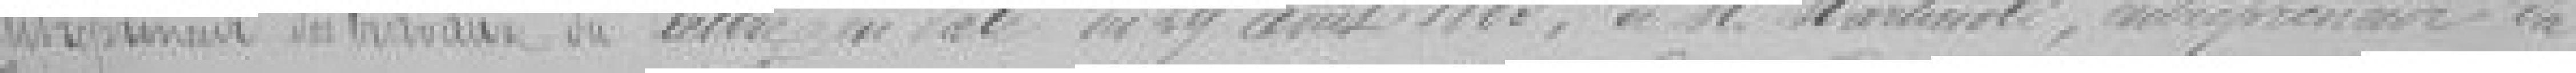
entrepreneur en travaux du              lettre en date du 29 août 1883,de M. Martinoli, entrepreneur du